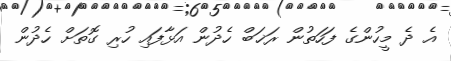
އެ ދެ މީހުންގެ ފަހަތުން ރަޚަބް ހެދުން އަޅާފައި ހުރި ގޮތަށް ހެދުން